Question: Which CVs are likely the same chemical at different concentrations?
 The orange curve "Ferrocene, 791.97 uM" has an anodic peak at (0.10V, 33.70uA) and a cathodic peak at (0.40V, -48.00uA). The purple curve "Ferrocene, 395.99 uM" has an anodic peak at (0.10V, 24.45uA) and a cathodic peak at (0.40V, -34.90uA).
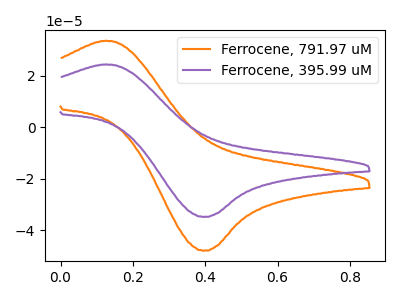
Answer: <think>All the peaks in "Ferrocene, 791.97 uM" have a peak in "Ferrocene, 395.99 uM" at the same potential. Every peak in "Ferrocene, 791.97 uM" is higher than every peak in "Ferrocene, 395.99 uM".
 </think>
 <answer>"Ferrocene, 395.99 uM" and "Ferrocene, 791.97 uM" have the same shape and are likely CV's of the same chemical.</answer>
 <eval>"Ferrocene, 395.99 uM" "Ferrocene, 791.97 uM"</eval>